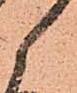
候